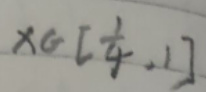
$x\in[\frac{1}{4},1]$